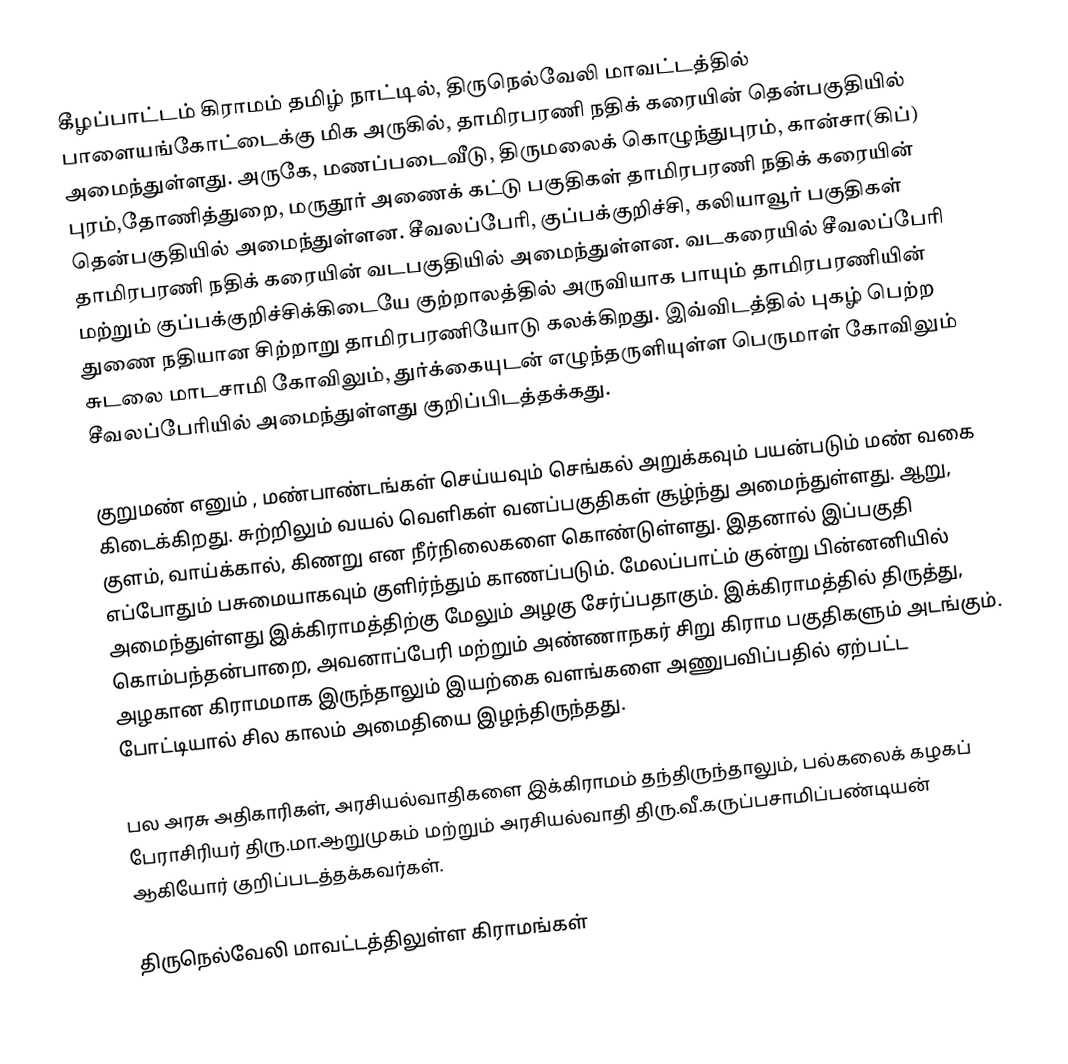
கீழப்பாட்டம் கிராமம்  தமிழ் நாட்டில், திருநெல்வேலி மாவட்டத்தில் பாளையங்கோட்டைக்கு மிக அருகில், தாமிரபரணி நதிக்  கரையின் தென்பகுதியில் அமைந்துள்ளது.  அருகே, மணப்படைவீடு, திருமலைக் கொழுந்துபுரம், கான்சா(கிப்) புரம்,தோணித்துறை, மருதூர் அணைக் கட்டு பகுதிகள் தாமிரபரணி நதிக் கரையின் தென்பகுதியில் அமைந்துள்ளன. சீவலப்பேரி, குப்பக்குறிச்சி, கலியாவூர் பகுதிகள் தாமிரபரணி நதிக் கரையின் வடபகுதியில் அமைந்துள்ளன. வடகரையில் சீவலப்பேரி மற்றும் குப்பக்குறிச்சிக்கிடையே குற்றாலத்தில் அருவியாக பாயும் தாமிரபரணியின் துணை நதியான சிற்றாறு தாமிரபரணியோடு கலக்கிறது. இவ்விடத்தில் புகழ் பெற்ற சுடலை மாடசாமி கோவிலும், துர்க்கையுடன் எழுந்தருளியுள்ள பெருமாள் கோவிலும் சீவலப்பேரியில் அமைந்துள்ளது குறிப்பிடத்தக்கது.

குறுமண் எனும் , மண்பாண்டங்கள் செய்யவும் செங்கல் அறுக்கவும் பயன்படும் மண் வகை கிடைக்கிறது. சுற்றிலும் வயல் வெளிகள் வனப்பகுதிகள் சூழ்ந்து அமைந்துள்ளது. ஆறு, குளம், வாய்க்கால், கிணறு என நீர்நிலைகளை கொண்டுள்ளது. இதனால் இப்பகுதி எப்போதும் பசுமையாகவும் குளிர்ந்தும் காணப்படும். மேலப்பாட்ம் குன்று பின்னனியில் அமைந்துள்ளது இக்கிராமத்திற்கு மேலும் அழகு சேர்ப்பதாகும்.  இக்கிராமத்தில் திருத்து, கொம்பந்தன்பாறை, அவனாப்பேரி மற்றும் அண்ணாநகர் சிறு கிராம பகுதிகளும் அடங்கும். அழகான கிராமமாக இருந்தாலும் இயற்கை வளங்களை அணுபவிப்பதில் ஏற்பட்ட போட்டியால் சில காலம் அமைதியை இழந்திருந்தது.

பல அரசு அதிகாரிகள், அரசியல்வாதிகளை இக்கிராமம் தந்திருந்தாலும், பல்கலைக் கழகப் பேராசிரியர் திரு.மா.ஆறுமுகம் மற்றும் அரசியல்வாதி திரு.வீ.கருப்பசாமிப்பண்டியன் ஆகியோர் குறிப்படத்தக்கவர்கள்.

திருநெல்வேலி மாவட்டத்திலுள்ள கிராமங்கள்